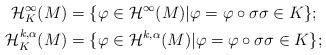
LaTeX: \begin{align*}\mathcal{H}_K^{\infty} (M) &= \{\varphi \in \mathcal{H}^{\infty}(M)| \varphi = \varphi \circ \sigma \sigma \in K\};\\\mathcal{H}_K^{k,\alpha} (M) &= \{\varphi \in \mathcal{H}^{k, \alpha}(M)| \varphi = \varphi \circ \sigma \sigma \in K\};\end{align*}